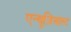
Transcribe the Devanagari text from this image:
एन्थूज़िआस्ट